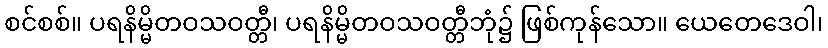
စင်စစ်။ ပရနိမ္မိတဝသဝတ္တီ၊ ပရနိမ္မိတဝသဝတ္တီဘုံ၌ ဖြစ်ကုန်သော။ ယေတေဒေဝါ၊